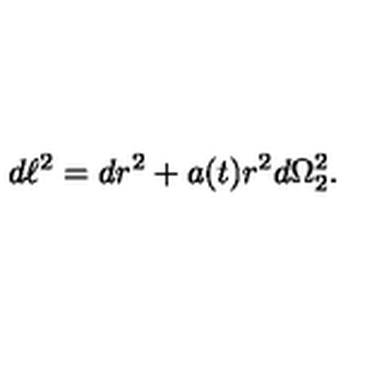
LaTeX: d \ell ^ { 2 } = d r ^ { 2 } + a ( t ) r ^ { 2 } d \Omega _ { 2 } ^ { 2 } .